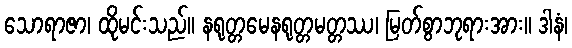
သောရာဇာ၊ ထိုမင်းသည်။ နရုတ္တမေနရုတ္တမတ္တဿ၊ မြတ်စွာဘုရားအား။ ဒါနံ၊